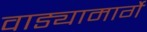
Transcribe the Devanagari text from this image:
वाड्यामार्गे